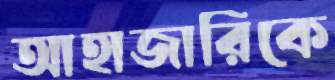
আহাজারিকে